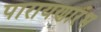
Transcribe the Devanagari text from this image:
पारायणारंभ